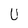
Character: U